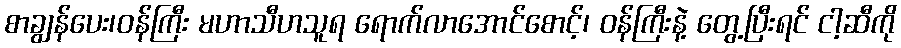
စာချွန်ပေး၊ဝန်ကြီး မဟာသီဟသူရ ရောက်လာအောင်စောင့်၊ ဝန်ကြီးနဲ့ တွေ့ပြီးရင် ငါ့ဆီကို